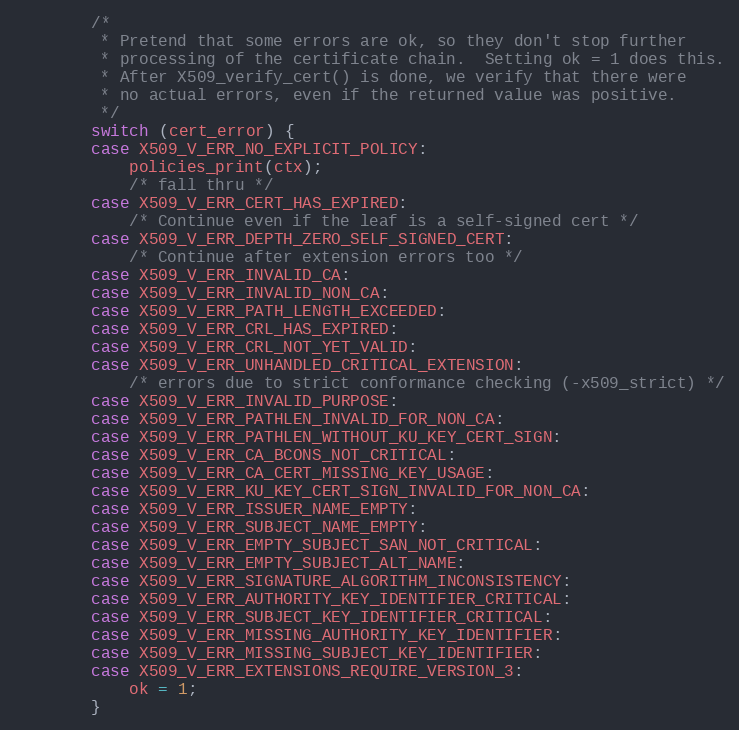
Language: C
        /*
         * Pretend that some errors are ok, so they don't stop further
         * processing of the certificate chain.  Setting ok = 1 does this.
         * After X509_verify_cert() is done, we verify that there were
         * no actual errors, even if the returned value was positive.
         */
        switch (cert_error) {
        case X509_V_ERR_NO_EXPLICIT_POLICY:
            policies_print(ctx);
            /* fall thru */
        case X509_V_ERR_CERT_HAS_EXPIRED:
            /* Continue even if the leaf is a self-signed cert */
        case X509_V_ERR_DEPTH_ZERO_SELF_SIGNED_CERT:
            /* Continue after extension errors too */
        case X509_V_ERR_INVALID_CA:
        case X509_V_ERR_INVALID_NON_CA:
        case X509_V_ERR_PATH_LENGTH_EXCEEDED:
        case X509_V_ERR_CRL_HAS_EXPIRED:
        case X509_V_ERR_CRL_NOT_YET_VALID:
        case X509_V_ERR_UNHANDLED_CRITICAL_EXTENSION:
            /* errors due to strict conformance checking (-x509_strict) */
        case X509_V_ERR_INVALID_PURPOSE:
        case X509_V_ERR_PATHLEN_INVALID_FOR_NON_CA:
        case X509_V_ERR_PATHLEN_WITHOUT_KU_KEY_CERT_SIGN:
        case X509_V_ERR_CA_BCONS_NOT_CRITICAL:
        case X509_V_ERR_CA_CERT_MISSING_KEY_USAGE:
        case X509_V_ERR_KU_KEY_CERT_SIGN_INVALID_FOR_NON_CA:
        case X509_V_ERR_ISSUER_NAME_EMPTY:
        case X509_V_ERR_SUBJECT_NAME_EMPTY:
        case X509_V_ERR_EMPTY_SUBJECT_SAN_NOT_CRITICAL:
        case X509_V_ERR_EMPTY_SUBJECT_ALT_NAME:
        case X509_V_ERR_SIGNATURE_ALGORITHM_INCONSISTENCY:
        case X509_V_ERR_AUTHORITY_KEY_IDENTIFIER_CRITICAL:
        case X509_V_ERR_SUBJECT_KEY_IDENTIFIER_CRITICAL:
        case X509_V_ERR_MISSING_AUTHORITY_KEY_IDENTIFIER:
        case X509_V_ERR_MISSING_SUBJECT_KEY_IDENTIFIER:
        case X509_V_ERR_EXTENSIONS_REQUIRE_VERSION_3:
            ok = 1;
        }